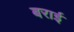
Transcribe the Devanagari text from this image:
बराई